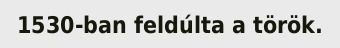
1530-ban feldúlta a török.